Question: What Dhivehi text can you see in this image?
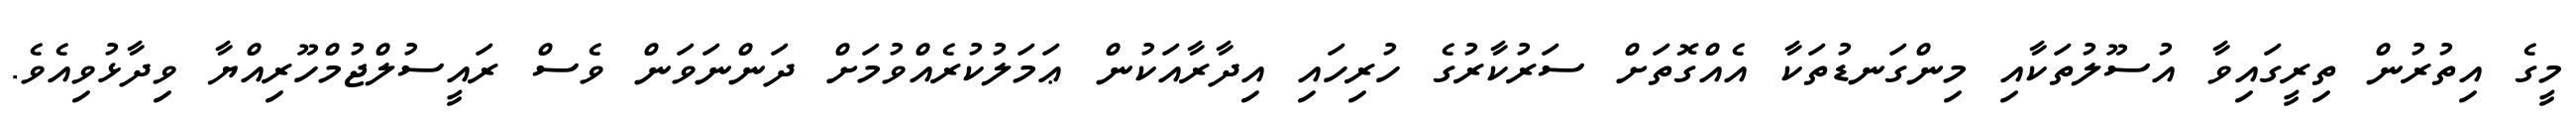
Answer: މީގެ އިތުރުން ތިރީގައިވާ އުސޫލުތަކާއި މިންގަނޑުތަކާ އެއްގޮތަށް ސަރުކާރުގެ ހުރިހައި އިދާރާއަކުން ޢަމަލުކުރެއްވުމަށް ދަންނަވަން ވެސް ރައީސުލްޖުމްހޫރިއްޔާ ވިދާޅުވިއެވެ.